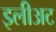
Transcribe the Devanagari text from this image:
इलीअट